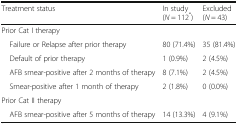
<table><thead><tr><td><b>Treatment status</b></td><td><b>In study(<i>N</i> = 112<sup>*</sup>)</b></td><td><b>Excluded(<i>N</i> = 43)</b></td></tr></thead><tbody><tr><td colspan="3">Prior Cat I therapy</td></tr><tr><td> Failure or Relapse after prior therapy</td><td>80 (71.4%)</td><td>35 (81.4%)</td></tr><tr><td> Default of prior therapy</td><td>1 (0.9%)</td><td>2 (4.5%)</td></tr><tr><td> AFB smear-positive after 2 months of therapy</td><td>8 (7.1%)</td><td>2 (4.5%)</td></tr><tr><td> Smear-positive after 1 month of therapy</td><td>2 (1.8%)</td><td>0 (0.0%)</td></tr><tr><td colspan="3">Prior Cat II therapy</td></tr><tr><td> AFB smear-positive after 5 months of therapy</td><td>14 (13.3%)</td><td>4 (9.1%)</td></tr></tbody></table>